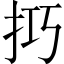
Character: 𢫚